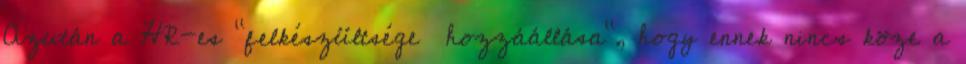
Azután a HR-es "felkészültsége hozzáállása", hogy ennek nincs köze a